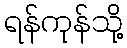
ရန်ကုန်သို့